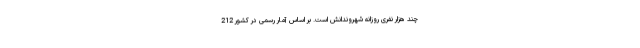
چند هزار نفری روزانه شهروندانش است. بر اساس آمار رسمی در کشور 212